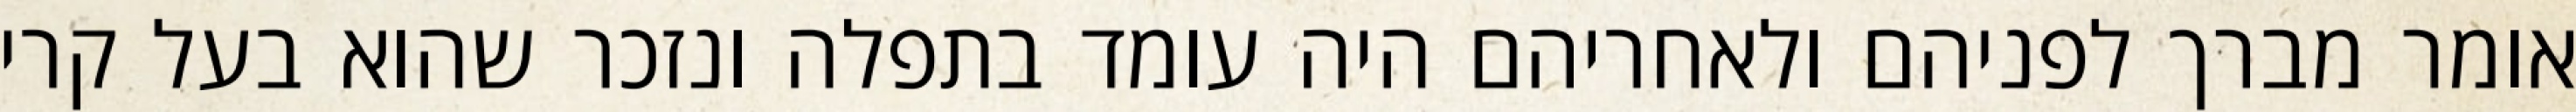
אומר מברך לפניהם ולאחריהם היה עומד בתפלה ונזכר שהוא בעל קרי